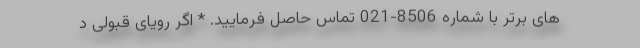
های برتر با شماره 8506-021 تماس حاصل فرمایید. * اگر رویای قبولی د